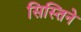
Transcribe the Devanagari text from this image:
सिस्तिने